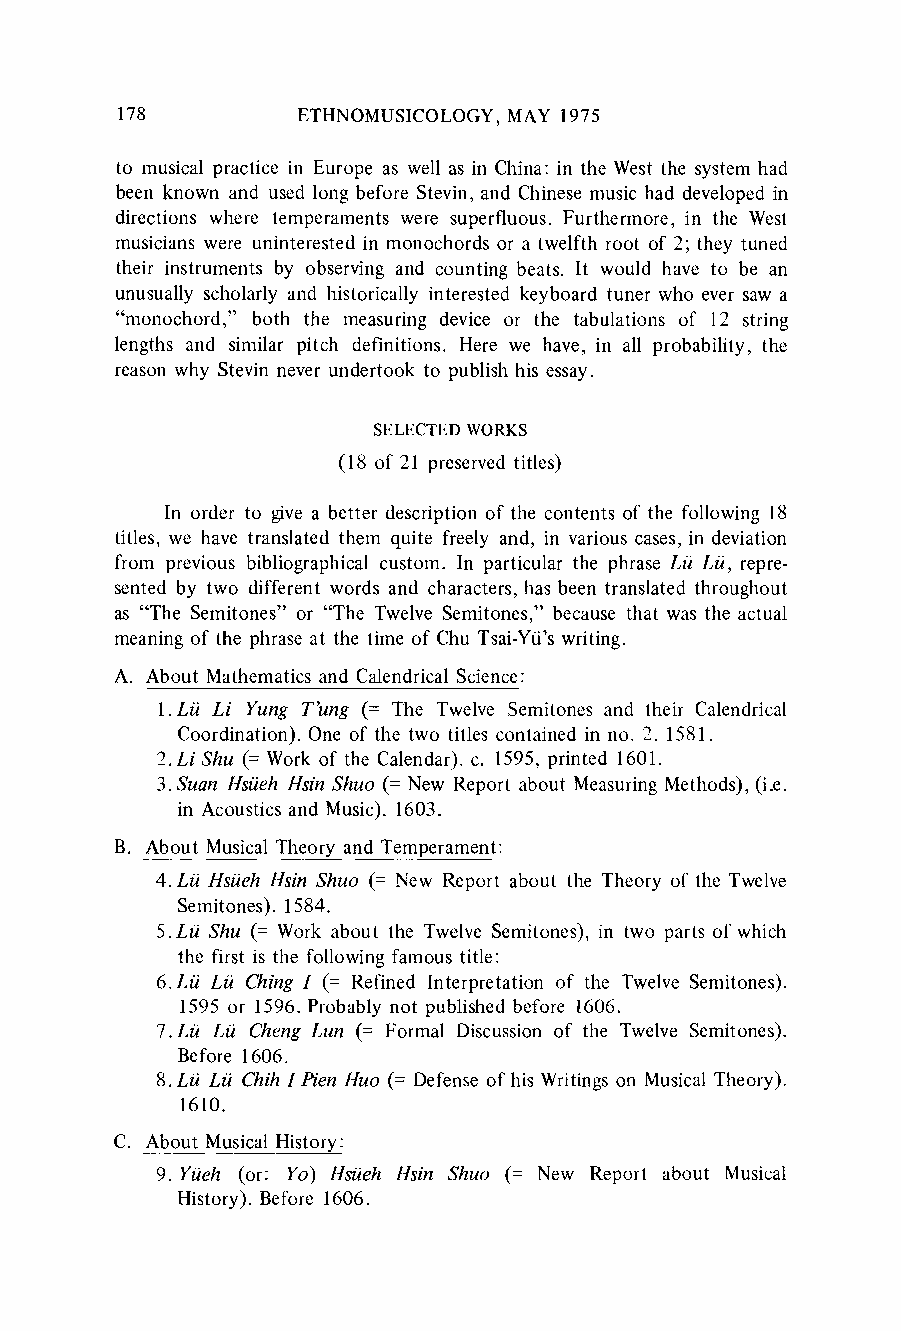
178         ETHNOMUSICOLOGYM, AY 1975
 to musical practice in Europe as well as in China: in the West the system had
 been known and used long before Stevin, and Chinese music had developed in
 directions where temperaments were superfluous. Furthermore,i n the West
 musicians were uninterested in monochords or a twelfth root of 2; they tuned
 their instruments by observing and counting beats. It would have to be an
 unusually scholarly and historically interested keyboard tuner who ever saw a
 "monochord," both the measuring device or the tabulations of 12 string
 lengths and similar pitch definitions. Here we have, in all probability, the
 reason why Stevin never undertook to publish his essay.
 SELECTED WORKS
 (18 of 21 preservedt itles)
 In order to give a better descriptiono f the contents of the following 18
 titles, we have translated them quite freely and, in various cases, in deviation
 from previous bibliographicalc ustom. In particulart he phrase Lu Lu, repre-
 sented by two different words and characters,h as been translatedt hroughout
 as "The Semitones" or "The Twelve Semitones," because that was the actual
 meaningo f the phrasea t the time of Chu Tsai-Yu'sw riting.
 A. About Mathematicsa nd CalendricalS cience:
 1.Lu Li Yung T'ung (= The Twelve Semitones and their Calendrical
 Coordination).O ne of the two titles contained in no. 2. 1581.
 2.Li Shu (= Worko f the Calendar).c . 1595, printed 1601.
 3.Suan Hsueh Hsin Shuo (= New Report about MeasuringM ethods), (i.e.
 in Acoustics and Music). 1603.
 B. About MusicalT heory and Temperament:
 4. Lu Hsueh Hsin Shuo (= New Report about the Theory of the Twelve
 Semitones). 1584.
 5.Lu Shu (= Work about the Twelve Semitones), in two parts of which
 the first is the following famous title:
 6.LiL Li Ching I (= Refined Interpretation of the Twelve Semitones).
 1595 or 1596. Probably not published before 1606.
 7.Lui Lu Cheng Lun (= Formal Discussion of the Twelve Semitones).
 Before 1606.
 8. Lu Lii Chih I Pien Huo (= Defense of his Writingso n MusicalT heory).
 1610.
 C. About MusicalH istory:
 9. Yiieh (or: Yo) Hsueh Hsin Shuo (= New Report about Musical
 History). Before 1606.